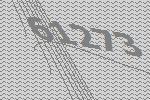
61273